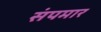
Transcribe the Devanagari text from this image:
संपमार